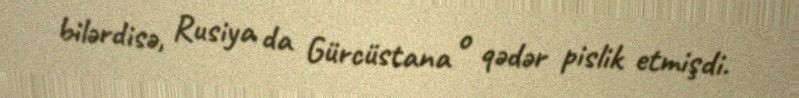
bilərdisə, Rusiya da Gürcüstana o qədər pislik etmişdi.